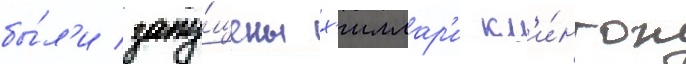
бы́л'и запу́щены х'иллар'и кл'и́нтон